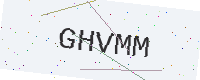
Text: GHVMM